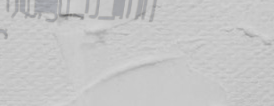
خدمات نقل وتخزين الأثاث و